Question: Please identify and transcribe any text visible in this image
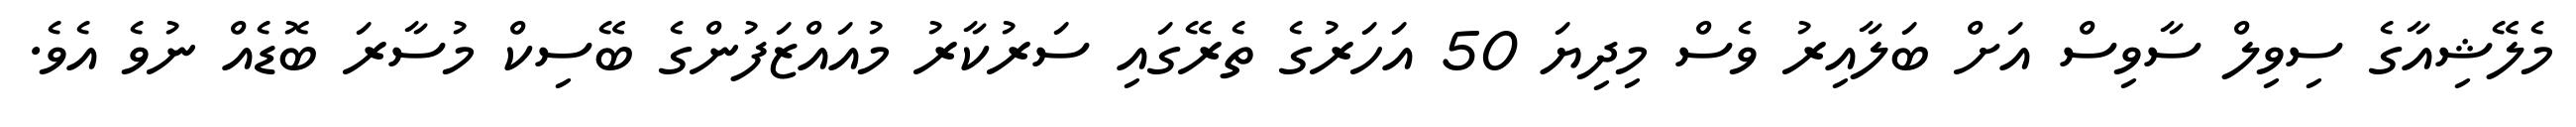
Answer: މެލޭޝިއާގެ ސިވިލް ސާވިސް އަށް ބަލާއިރު ވެސް މިދިޔަ 50 އަހަރުގެ ތެރޭގައި ސަރުކާރު މުއައްޒަފުންގެ ބޭސިކް މުސާރަ ބޮޑެއް ނުވެ އެވެ.